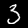
Digit: 3